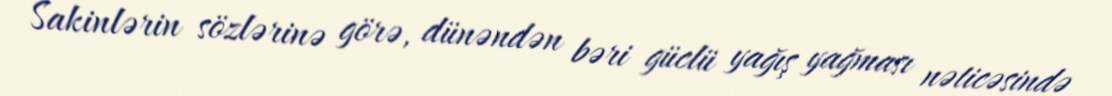
Sakinlərin sözlərinə görə, dünəndən bəri güclü yağış yağması nəticəsində